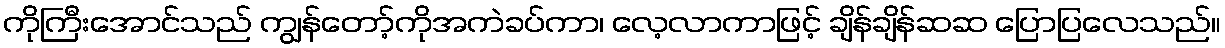
ကိုကြီးအောင်သည် ကျွန်တော့်ကိုအကဲခပ်ကာ၊ လေ့လာကာဖြင့် ချိန်ချိန်ဆဆ ပြောပြလေသည်။